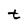
Character: t